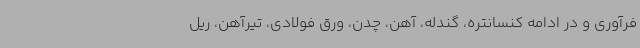
فرآوری و در ادامه کنسانتره، گندله، آهن، چدن، ورق فولادی، تیرآهن، ریل